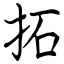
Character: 拓